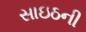
સાઇઠની